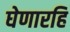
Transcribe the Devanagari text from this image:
घेणारहि